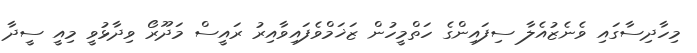
މިހާދިސާގައި ވެނެޒުއެލާ ސިފައިންގެ ހަތްމީހުން ޒަޚަމްވެފައިވާއިރު ރައީސް މަދޫރޯ ވިދާޅުވީ މިއީ ސީދާ